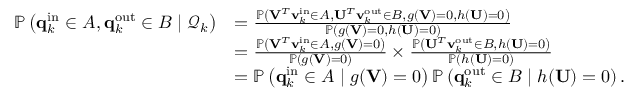
\begin{array} { r l } { \mathbb { P } \left( \mathbf { q } _ { k } ^ { \mathrm { i n } } \in A , \mathbf { q } _ { k } ^ { \mathrm { o u t } } \in B \mid \mathcal { Q } _ { k } \right) } & { = \frac { \mathbb { P } \left( \mathbf { V } ^ { T } \mathbf { v } _ { k } ^ { \mathrm { i n } } \in A , \mathbf { U } ^ { T } \mathbf { v } _ { k } ^ { \mathrm { o u t } } \in B , g ( \mathbf { V } ) = 0 , h ( \mathbf { U } ) = 0 \right) } { \mathbb { P } \left( g ( \mathbf { V } ) = 0 , h ( \mathbf { U } ) = 0 \right) } } \\ & { = \frac { \mathbb { P } \left( \mathbf { V } ^ { T } \mathbf { v } _ { k } ^ { \mathrm { i n } } \in A , g ( \mathbf { V } ) = 0 \right) } { \mathbb { P } \left( g ( \mathbf { V } ) = 0 \right) } \times \frac { \mathbb { P } \left( \mathbf { U } ^ { T } \mathbf { v } _ { k } ^ { \mathrm { o u t } } \in B , h ( \mathbf { U } ) = 0 \right) } { \mathbb { P } \left( h ( \mathbf { U } ) = 0 \right) } } \\ & { = \mathbb { P } \left( \mathbf { q } _ { k } ^ { \mathrm { i n } } \in A \mid g ( \mathbf { V } ) = 0 \right) \mathbb { P } \left( \mathbf { q } _ { k } ^ { \mathrm { o u t } } \in B \mid h ( \mathbf { U } ) = 0 \right) . } \end{array}